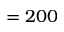
= 2 0 0